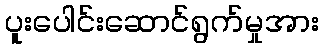
ပူးပေါင်းဆောင်ရွက်မှုအား